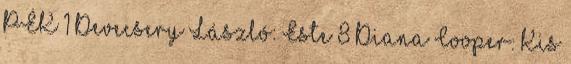
PÉK 1 Devecsery László: Este 8 Diana Cooper: Kis